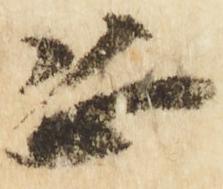
恐